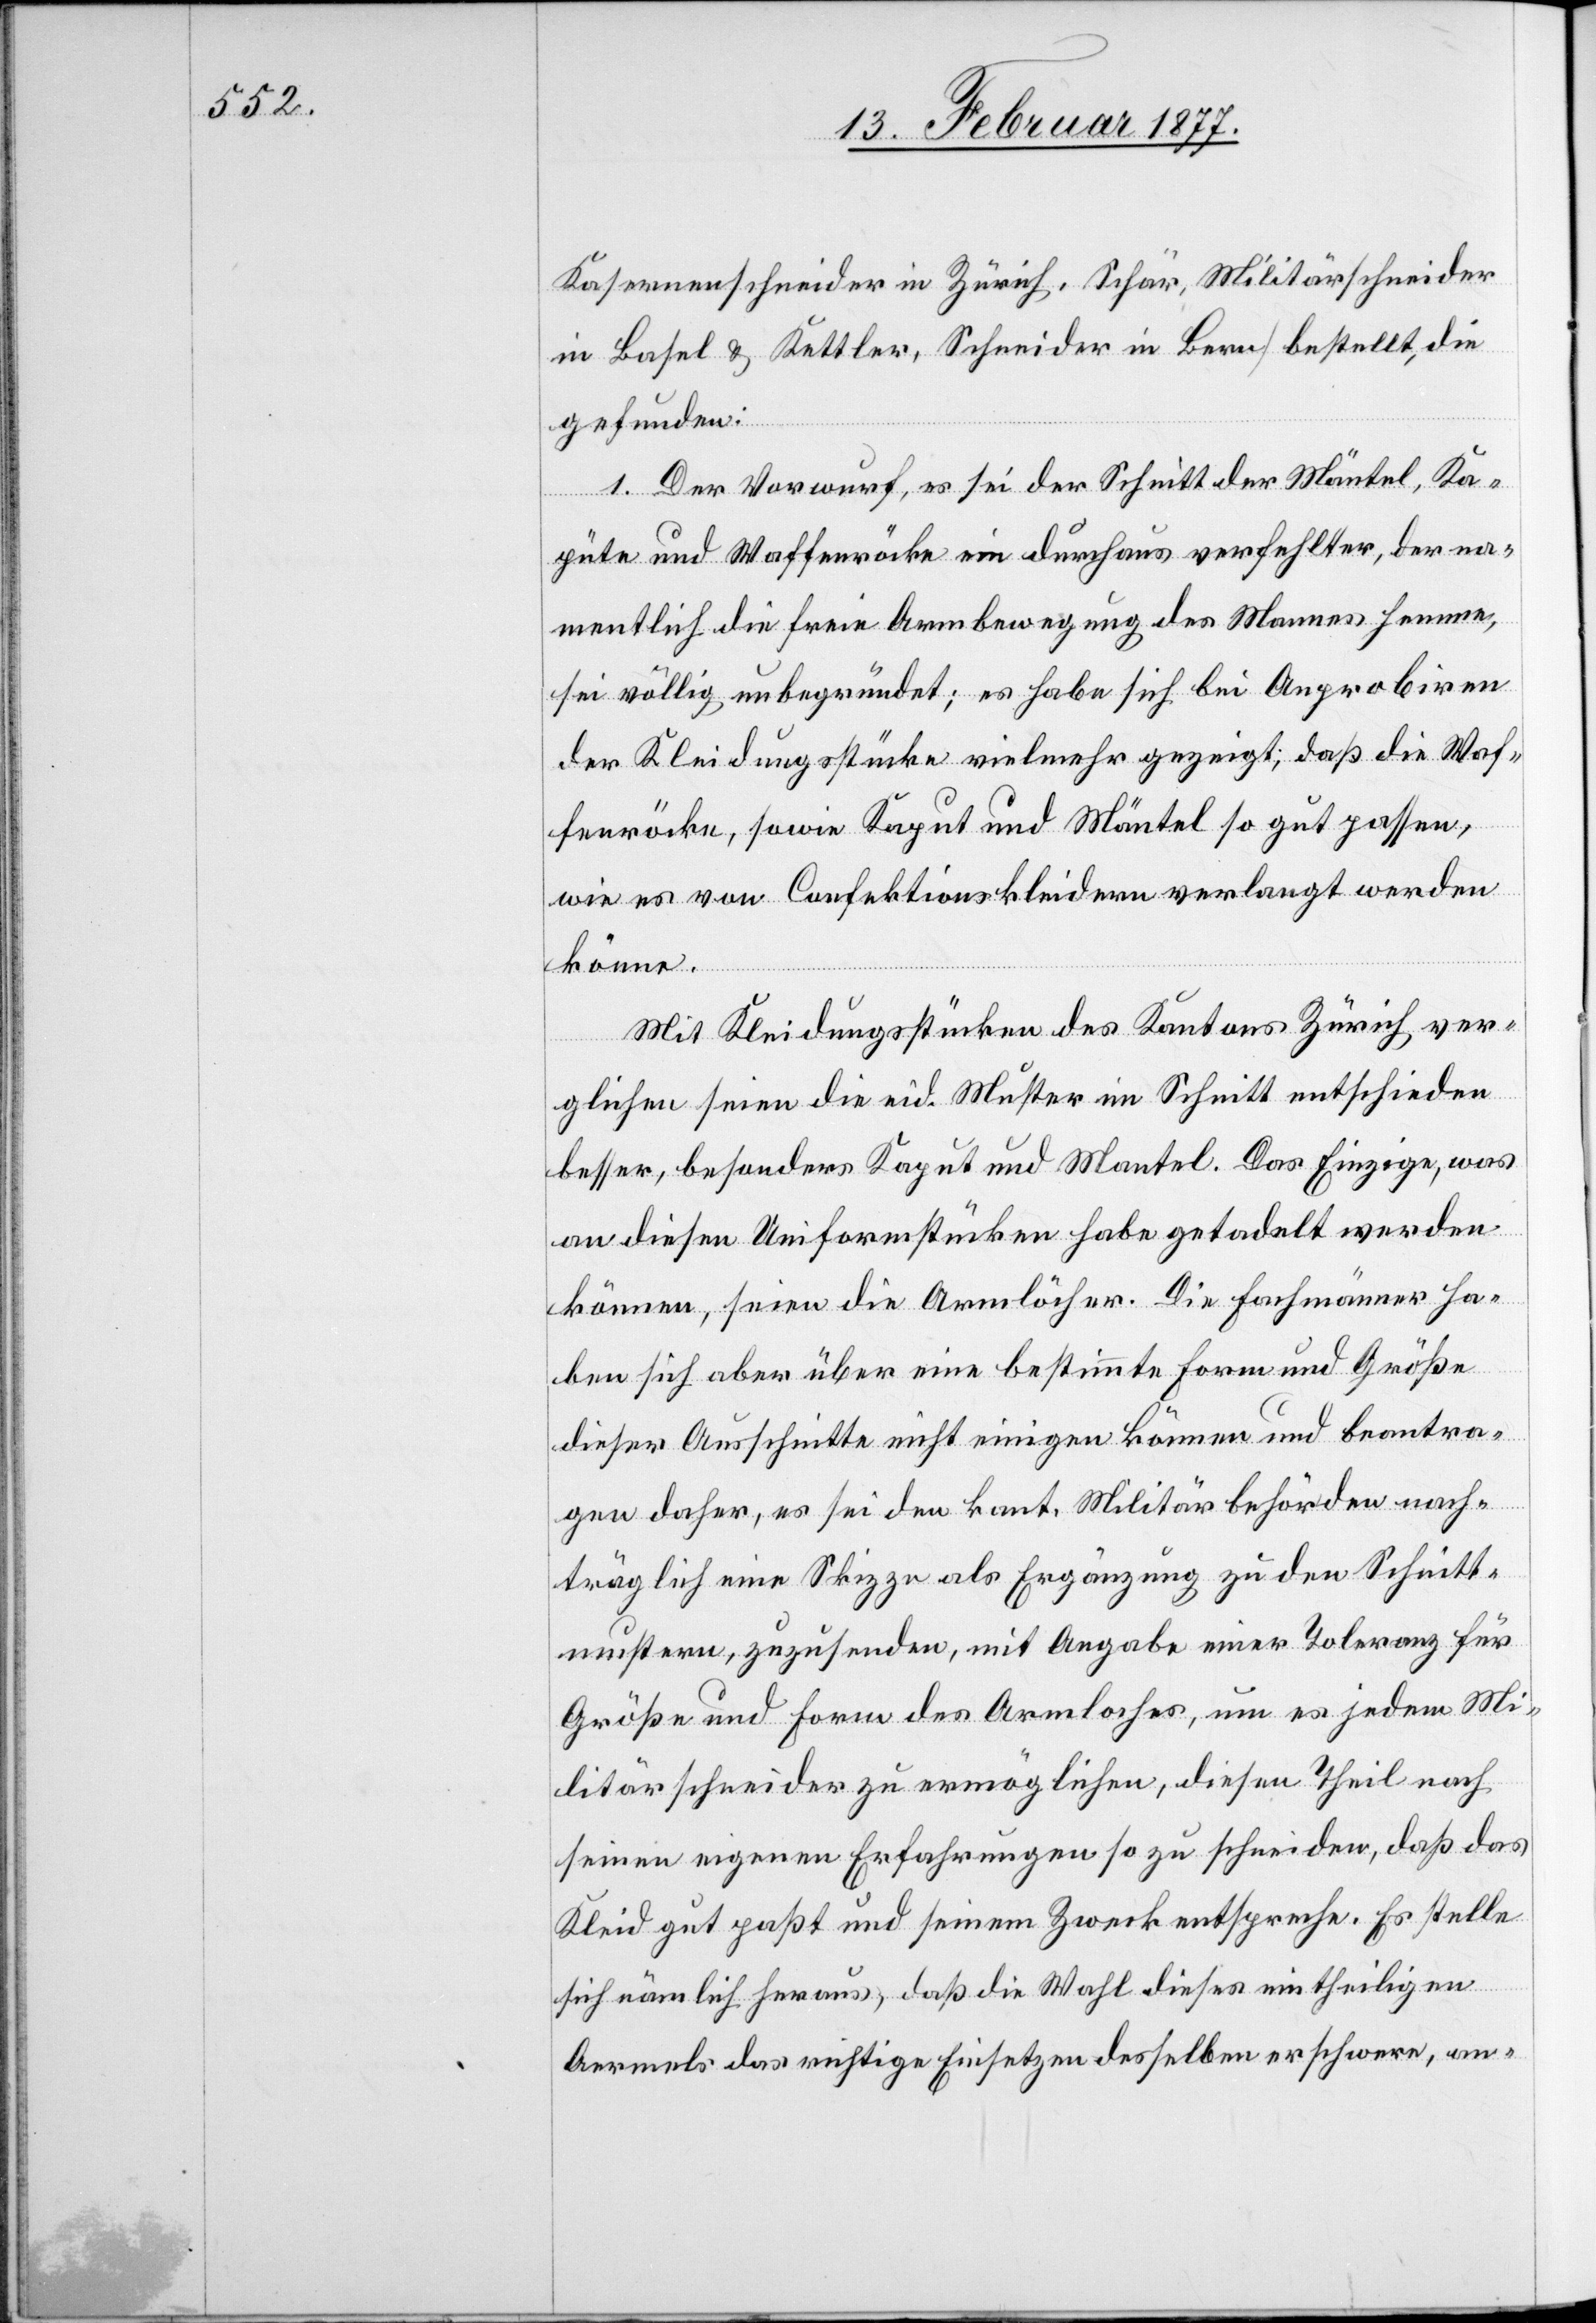
Kasernenschneider in Zürich, Schär, Militärschneider
in Basel & Kettler, Schneider in Bern] bestellt, die
gefunden:
1. Der Vorwurf, es sei der Schnitt der Mäntel, Ka¬
püte und Waffenröcke ein durchaus verfehlter, der na¬
mentlich die freie Armbewegung des Mannes hemme,
sei völlig unbegründet; es habe sich bei Anprobiren
der Kleidungsstücke vielmehr gezeigt, daß die Waf¬
fenröcke, sowie Kaput und Mäntel so gut passen,
wie es von Confektionskleidern verlangt werden
könne.
Mit Kleidungsstücken des Kantons Zürich ver¬
glichen seien die eid. Muster im Schnitt entschieden
besser, besonders Kaput und Mantel. Das Einzige, was
an diesen Uniformstücken habe getadelt werden
können, seien die Armlöcher. Die Fachmänner ha¬
ben sich aber über eine bestimmte Form und Größe
dieser Ausschnitte nicht einigen können und beantra¬
gen daher, es sei den kant. Militärbehörden nach¬
träglich eine Skizze als Ergänzung zu den Schnitt¬
mustern, zuzusenden, mit Angabe einer Toleranz für
Größe und Form des Armloches, um es jedem Mi¬
litärschneider zu ermöglichen, diesen Teil nach
seinen eigenen Erfahrungen so zu schneiden, daß das
Kleid gut paßt und seinem Zweck entspreche. Es stelle
sich nämlich heraus, daß die Wahl dieses eintheilgen
Aermels das richtige Einsetzen desselben erschwere, an-